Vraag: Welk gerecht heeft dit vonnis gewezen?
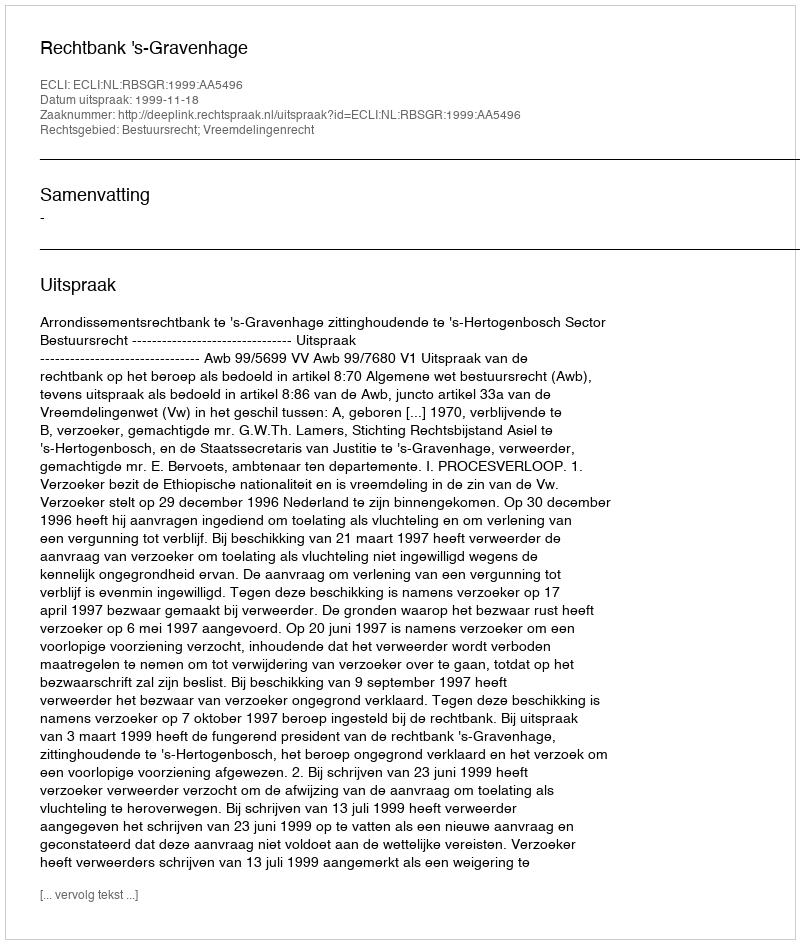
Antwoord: Rechtbank 's-Gravenhage